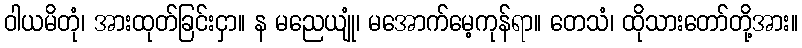
ဝါယမိတုံ၊ အားထုတ်ခြင်းငှာ။ န မညေယျုံ၊ မအောက်မေ့ကုန်ရာ။ တေသံ၊ ထိုသားတော်တို့အား။